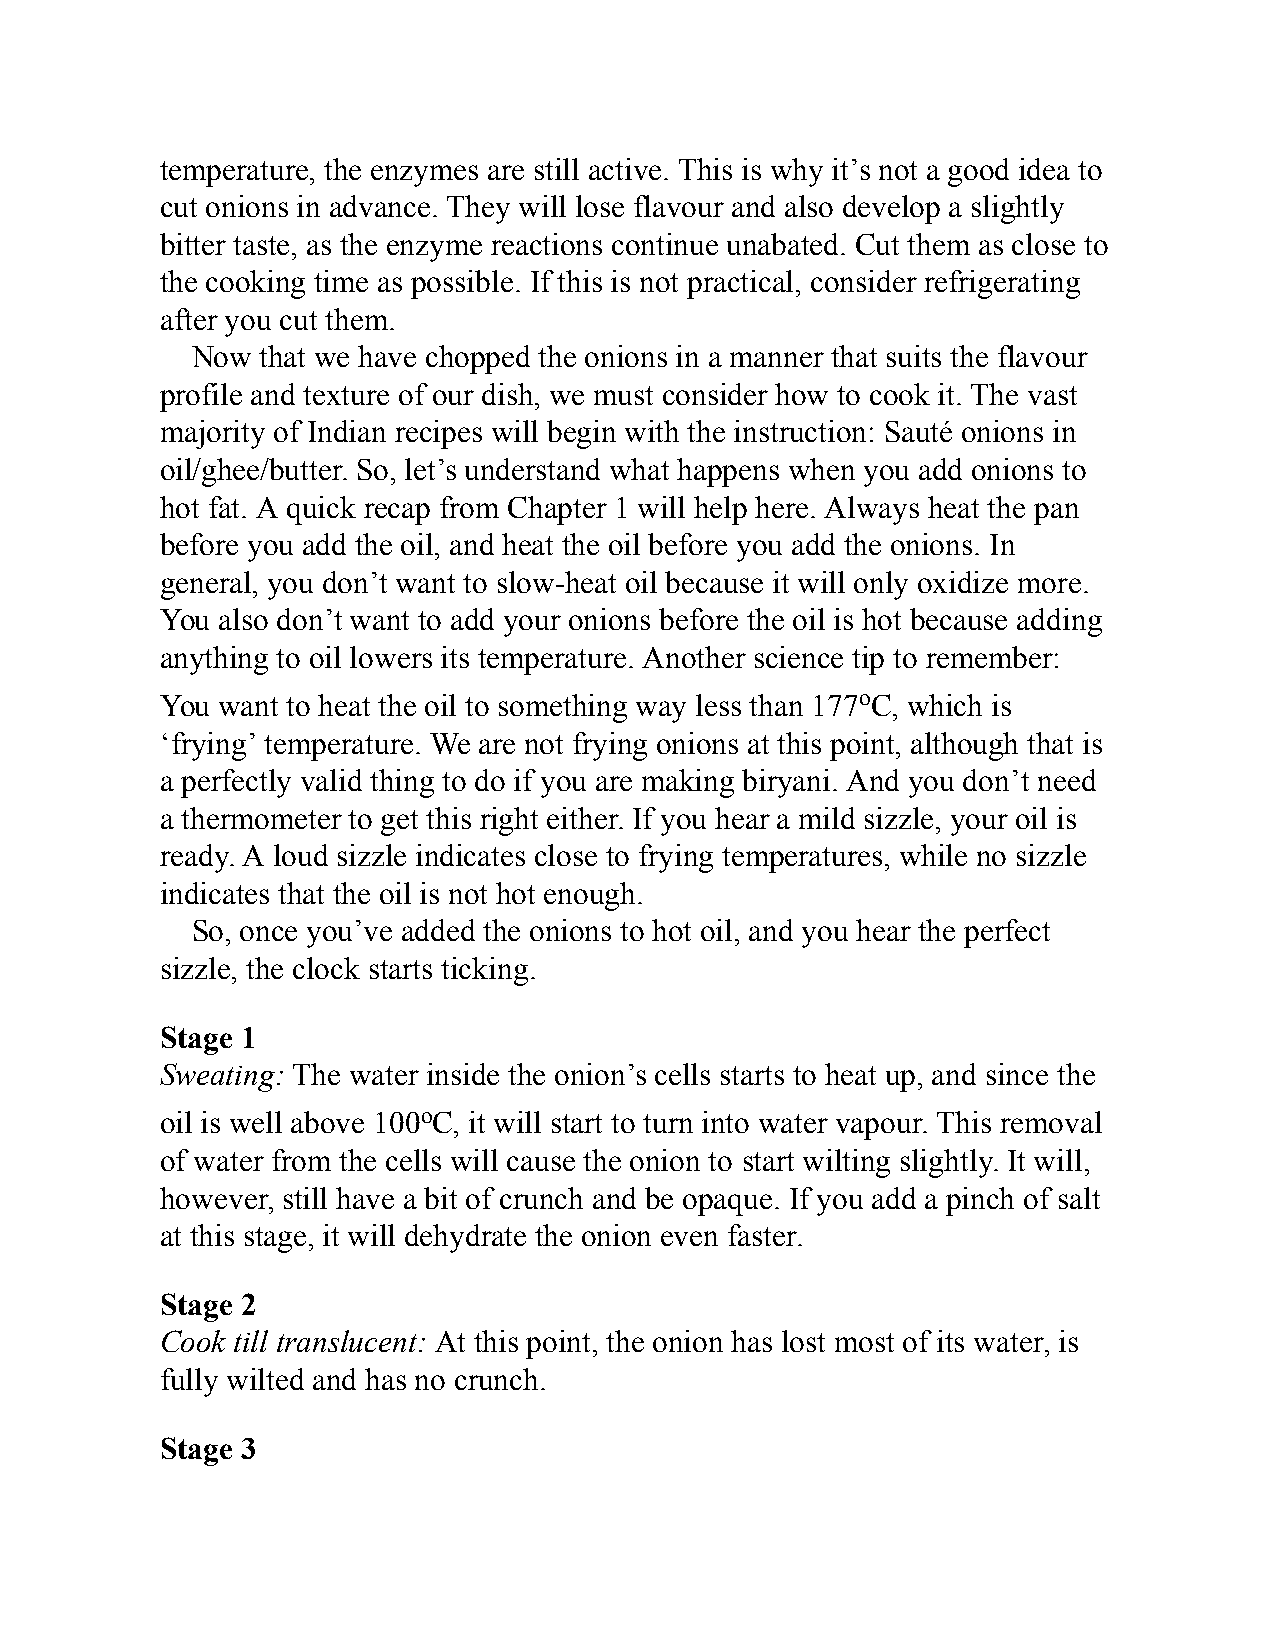
temperature, the enzymes are still active. This is why it’s not a good idea to
 cut onions in advance. They will lose flavour and also develop a slightly
 bitter taste, as the enzyme reactions continue unabated. Cut them as close to
 the cooking time as possible. If this is not practical, consider refrigerating
 after you cut them.
 Now that we have chopped the onions in a manner that suits the flavour
 profile and texture of our dish, we must consider how to cook it. The vast
 majority of Indian recipes will begin with the instruction: Sauté onions in
 oil/ghee/butter. So, let’s understand what happens when you add onions to
 hot fat. A quick recap from Chapter 1 will help here. Always heat the pan
 before you add the oil, and heat the oil before you add the onions. In
 general, you don’t want to slow-heat oil because it will only oxidize more.
 You also don’t want to add your onions before the oil is hot because adding
 anything to oil lowers its temperature. Another science tip to remember:
 You want to heat the oil to something way less than 177oC, which is
 ‘frying’ temperature. We are not frying onions at this point, although that is
 a perfectly valid thing to do if you are making biryani. And you don’t need
 a thermometer to get this right either. If you hear a mild sizzle, your oil is
 ready. A loud sizzle indicates close to frying temperatures, while no sizzle
 indicates that the oil is not hot enough.
 So, once you’ve added the onions to hot oil, and you hear the perfect
 sizzle, the clock starts ticking.
 Stage 1
 Sweating: The water inside the onion’s cells starts to heat up, and since the
 oil is well above 100oC, it will start to turn into water vapour. This removal
 of water from the cells will cause the onion to start wilting slightly. It will,
 however, still have a bit of crunch and be opaque. If you add a pinch of salt
 at this stage, it will dehydrate the onion even faster.
 Stage 2
 Cook till translucent: At this point, the onion has lost most of its water, is
 fully wilted and has no crunch.
 Stage 3